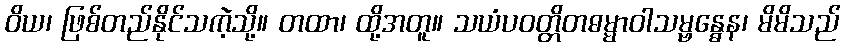
ဝိယ၊ ဖြစ်တည်နိုင်သကဲ့သို့။ တထာ၊ ထို့အတူ။ သယံပဝတ္တိတဓမ္မာဝါသမ္ဗန္ဓေန၊ မိမိသည်